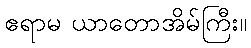
ဧရာမ ယာတောအိမ်ကြီး။